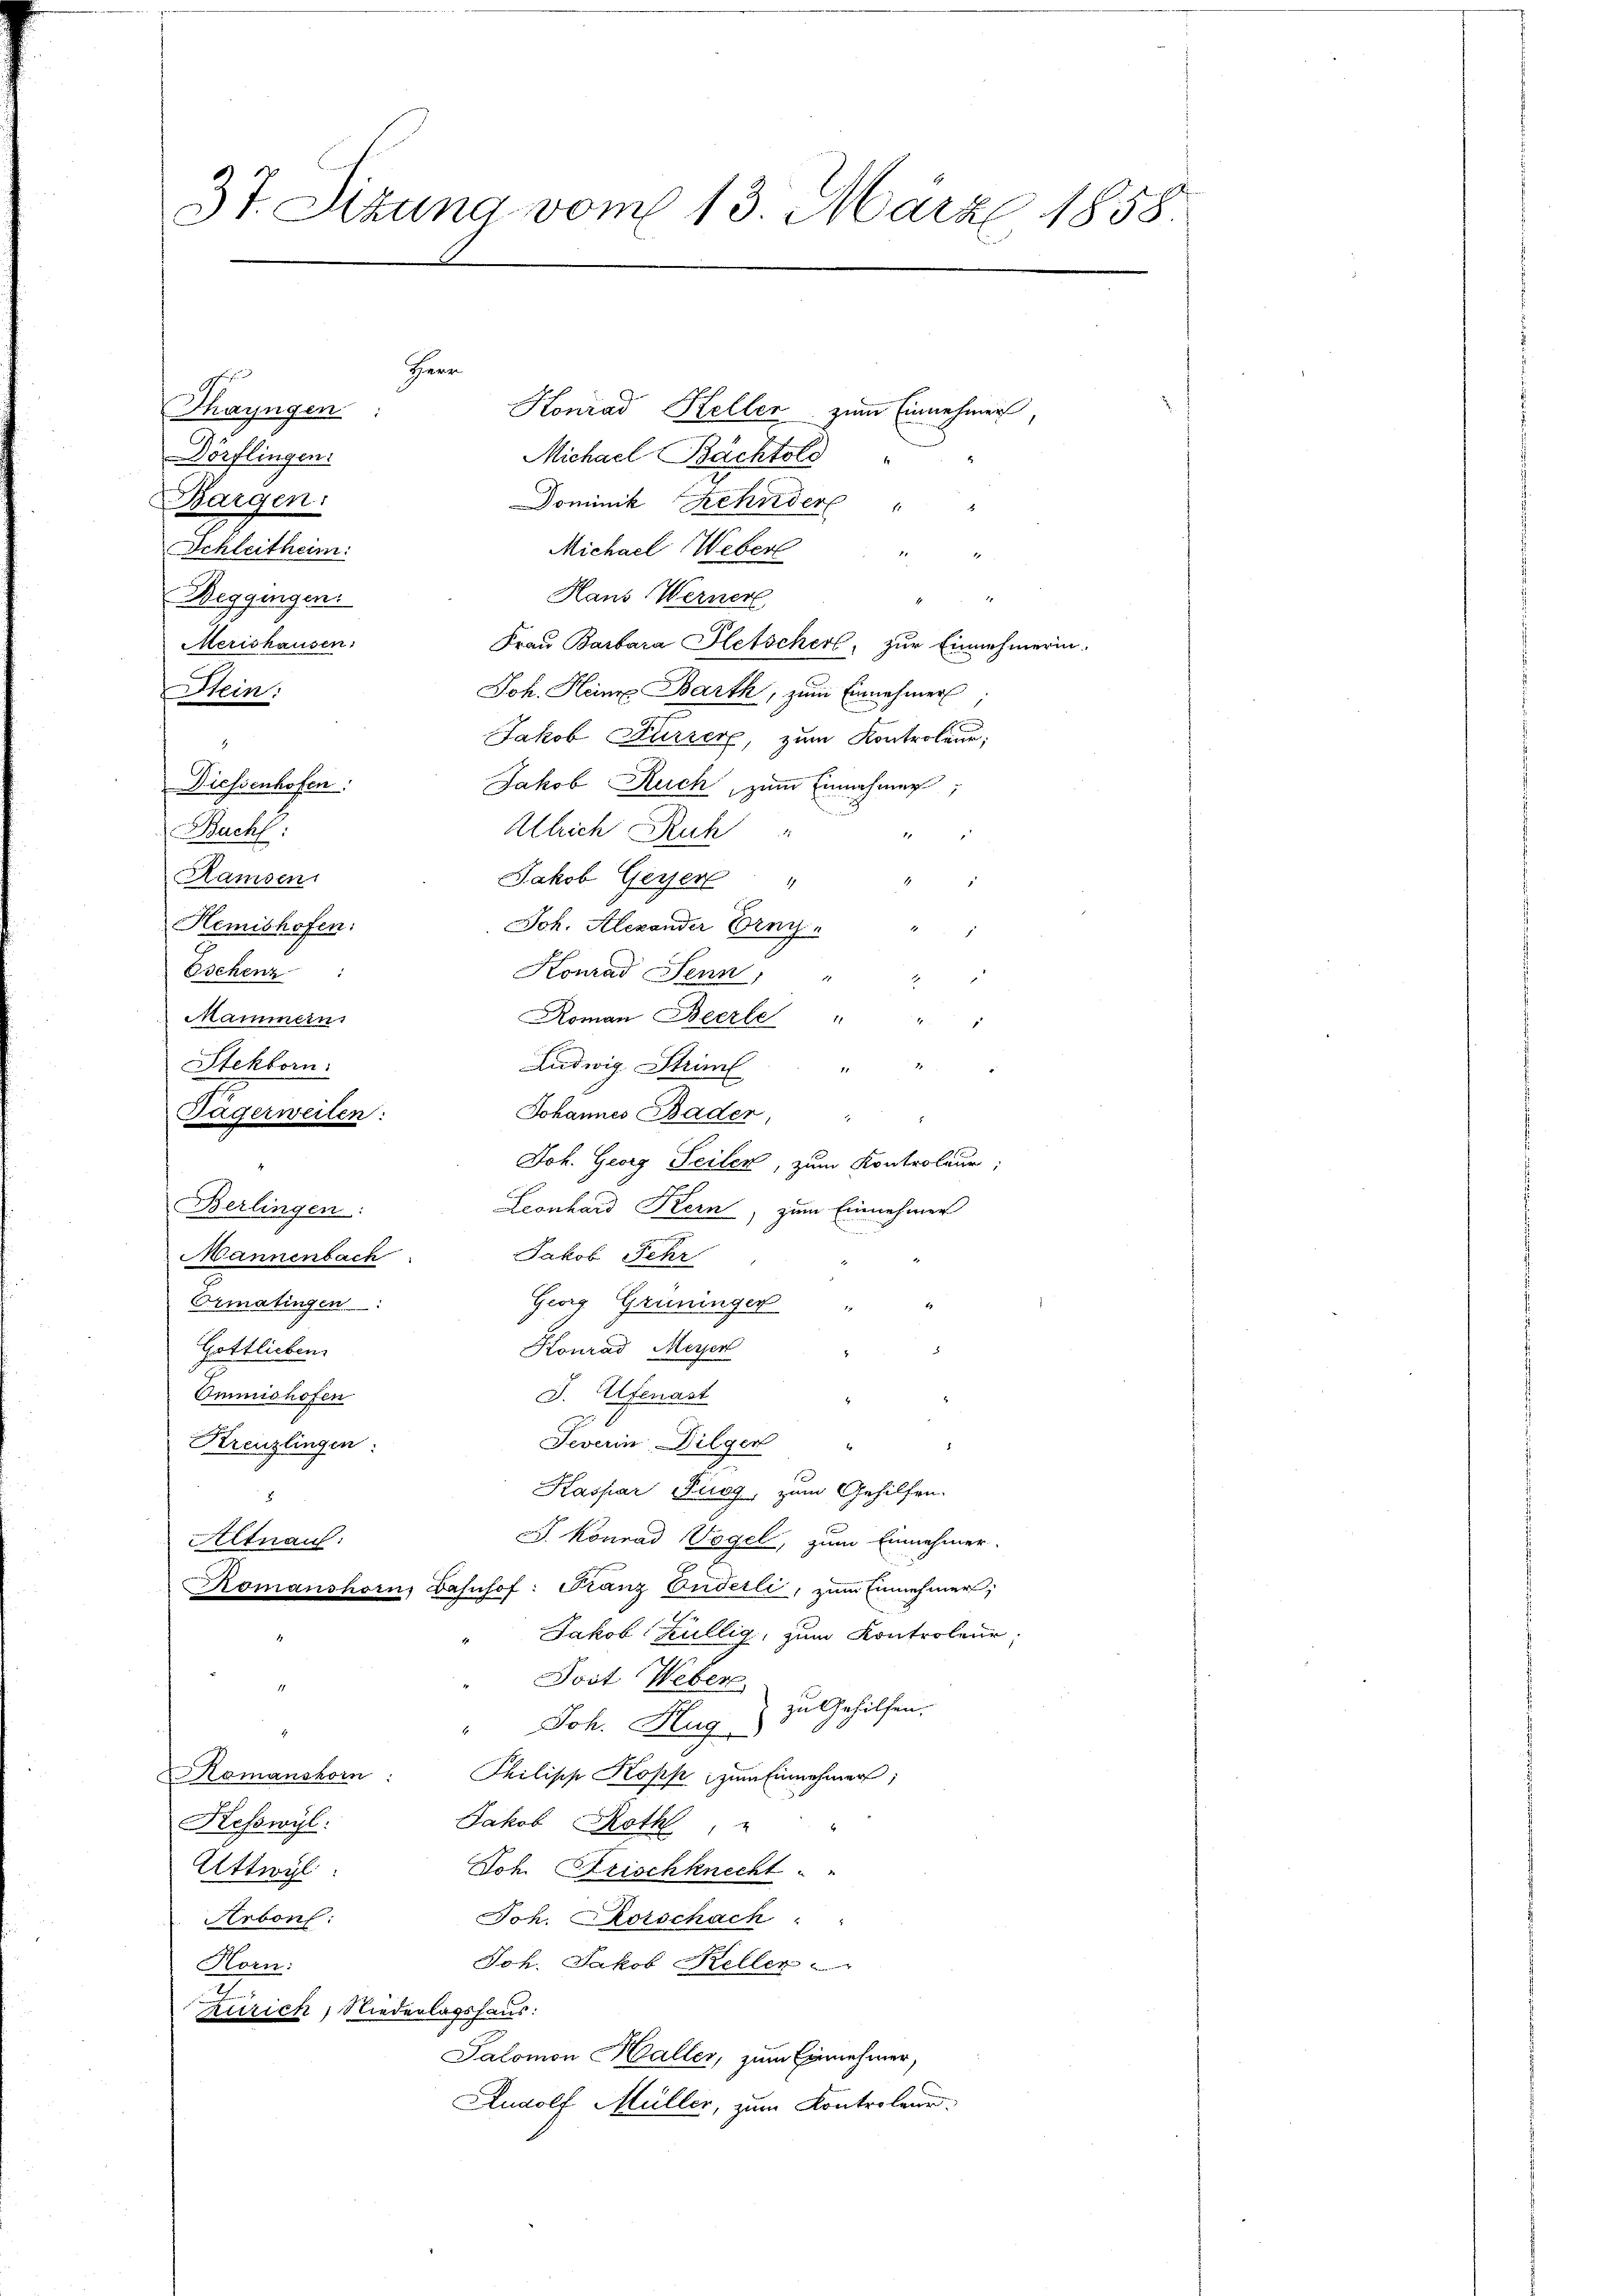
3t. Situng vom 13. März 1858.

Herr
Koniad Heller zum Einnehmen
Thayngen:
Michael Bachtold
Dörflingen:
Bargen:
Dominik Rehnder " "
Michael Weberl
Schleitheim
1
Hans Werner
Beggingen.
1
Merishausen:
Frau Barbara Pletscher, zur Einnehmerin.
Htein.
Joh. Heine Barth, zum Einnehmer
Jakob Dürrer, zum Kontroland,
Jakob Ruch, zum Einnahmen
Diessenhofen:
Ullrich Ruh "
Buchl:
1
Jakob Gessere "
Ramsen
E
g
Joh. Alexander Ony
Hemishofen:
 x
Eschenz
Honrad Senn, "
2
Mammern
Roman Beerte " " "
Stekborn.
Ludwig Strim
3.
.
Tägerweilen:
Johannes Bader, " "
Joh. Georg Seilen, zum Kontroleur;
Berlingen:
Leonhard Kern, zum Einnehmen
Jakob Fehr
Mannenbach
Ormatingen:
Georg Grüninger "
1
Konrad Meyer
Gottlieben.
J. Ulfenast
Immnishofen
Severin Dilger
Kreuzlingen:
Kaspar Furg, zum Gehilfen.
8
J. Konrad Vogel, zum Einnehmer.
Altnau:
omanshorn, Bahnhof: Franz Anderli, zum Einnehmer;
Jakob Züllig, zum Kontroleur
Post Weber
1
zu Gehilfen.
" Joh. Hug
Romanshorn: Philisch Kopp zum Einnehmer;
Jakob Roth,
Kesswyl:
Attwyl
Jon Frischknecht
Joh. Rotschach : "
Arbonf:
Joh. Jakob Keller
Horn:
Zürich, Niederlagshaus:
Salomon Haller, zum Einnehmer,
Rudolf Müller, zum Kontroleur.